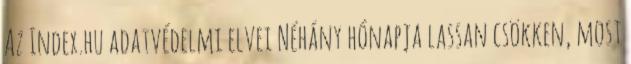
Az Index.hu adatvédelmi elvei Néhány hónapja lassan csökken, most